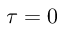
\tau = 0